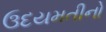
ઉદયમતીનો